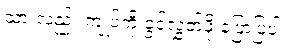
သားလည်း ကျုပ်ကို ခွင့်လွှတ်ဖို့ ပြောပြပါ။